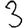
Digit: 3